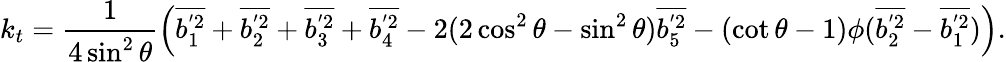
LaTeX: k_{t}=\frac{1}{4\sin^{2}{\theta}}\left(\overline{{b_{1}^{'2}}}+\overline{{b_{2}^{'2}}}+\overline{{b_{3}^{'2}}}+\overline{{b_{4}^{'2}}}-2(2\cos^{2}{\theta}-\sin^{2}{\theta})\overline{{b_{5}^{'2}}}-(\cot{\theta}-1)\phi(\overline{{b_{2}^{'2}}}-\overline{{b_{1}^{'2}}})\right).